Report of the Hyderabad Chloroform Commission
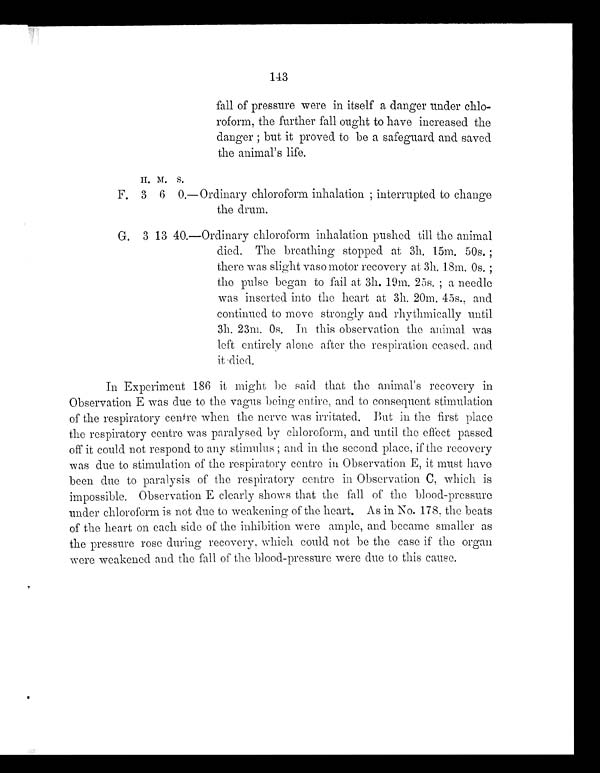
143
fall of pressure were in itself a danger under chlo-
roform, the further fall ought to have increased the
danger; but it proved to be a safeguard and saved
the animal's life.
H. M. S.
F. 3 6 0.—Ordinary chloroform inhalation; interrupted to change
the drum.
G. 3 13 40.—Ordinary chloroform inhalation pushed till the animal
died. The breathing stopped at 3h. 15m. 50s.;
there was slight vaso motor recovery at 3h. 18m. 0s.;
the pulse began to fail at 3h. 19m. 25s.; a needle
was inserted into the heart at 3h. 20m. 45s., and
continued to move strongly and rhythmically until
3h. 23m, 0s. In this observation the animal was
left entirely alone after the respiration ceased, and
it died.
In Experiment 186 it might be said that the animal's recovery in
Observation E was due to the vagus being entire, and to consequent stimulation
of the respiratory centre when the nerve was irritated. But in the first place
the respiratory centre was paralysed by chloroform, and until the effect passed
off it could not respond to any stimulus; and in the second place, if the recovery
was due to stimulation of the respiratory centre in Observation E, it must have
been due to paralysis of the respiratory centre in Observation C, which is
impossible. Observation E clearly shows that the fall of the blood-pressure
under chloroform is not due to weakening of the heart. As in No. 178, the beats
of the heart on each side of the inhibition were ample, and became smaller as
the pressure rose during recovery, which could not be the case if the organ
were weakened and the fall of the blood-pressure were due to this cause.